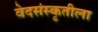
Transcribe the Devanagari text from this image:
वेदसंस्कृतीला